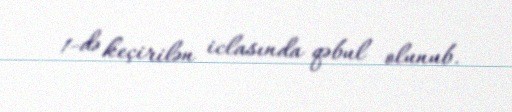
1-də keçirilən iclasında qəbul olunub.